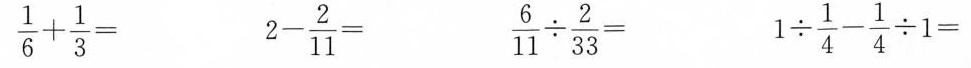
$$\frac { 1 } { 6 } + \frac { 1 } { 3 } =$$ $$2 - \frac { 2 } { 1 1 } =$$ $$\frac { 6 } { 1 1 } \div \frac { 2 } { 3 3 } =$$ $$1 \div \frac { 1 } { 4 } - \frac { 1 } { 4 } \div 1 =$$